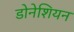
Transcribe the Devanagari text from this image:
डोनेशियन